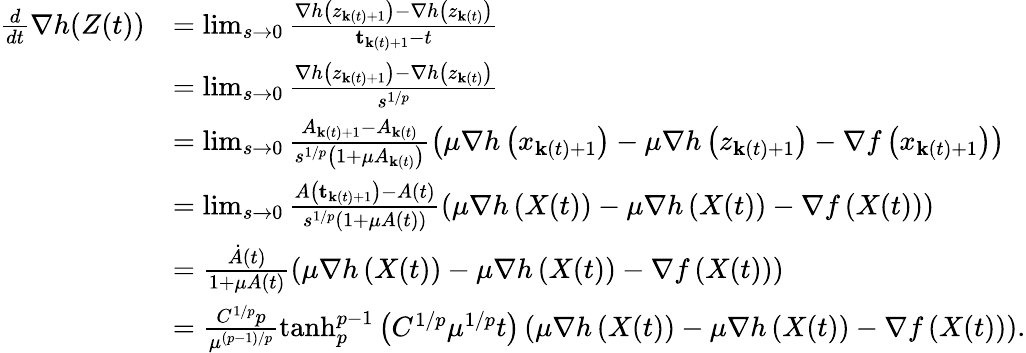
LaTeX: \begin{array}{rl}{\frac{d}{dt}\nabla h(Z(t))}&{=\operatorname*{lim}_{s\rightarrow 0}\frac{\nabla h\left(z_{\mathbf{k}(t)+1}\right)-\nabla h\left(z_{\mathbf{k}(t)}\right)}{\mathbf{t}_{\mathbf{k}(t)+1}-t}}\\ &{=\operatorname*{lim}_{s\rightarrow 0}\frac{\nabla h\left(z_{\mathbf{k}(t)+1}\right)-\nabla h\left(z_{\mathbf{k}(t)}\right)}{s^{1/p}}}\\ &{=\operatorname*{lim}_{s\rightarrow 0}\frac{A_{\mathbf{k}(t)+1}-A_{\mathbf{k}(t)}}{s^{1/p}\left(1+\mu A_{\mathbf{k}(t)}\right)}\left(\mu\nabla h\left(x_{\mathbf{k}(t)+1}\right)-\mu\nabla h\left(z_{\mathbf{k}(t)+1}\right)-\nabla f\left(x_{\mathbf{k}(t)+1}\right)\right)}\\ &{=\operatorname*{lim}_{s\rightarrow 0}\frac{A\left(\mathbf{t}_{\mathbf{k}(t)+1}\right)-A(t)}{s^{1/p}\left(1+\mu A(t)\right)}\left(\mu\nabla h\left(X(t)\right)-\mu\nabla h\left(X(t)\right)-\nabla f\left(X(t)\right)\right)}\\ &{=\frac{\dot{A}(t)}{1+\mu A(t)}\left(\mu\nabla h\left(X(t)\right)-\mu\nabla h\left(X(t)\right)-\nabla f\left(X(t)\right)\right)}\\ &{=\frac{C^{1/p}p}{\mu^{(p-1)/p}}\operatorname{tanh}_{p}^{p-1}\left(C^{1/p}\mu^{1/p}t\right)\left(\mu\nabla h\left(X(t)\right)-\mu\nabla h\left(X(t)\right)-\nabla f\left(X(t)\right)\right).}\end{array}